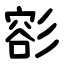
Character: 彮